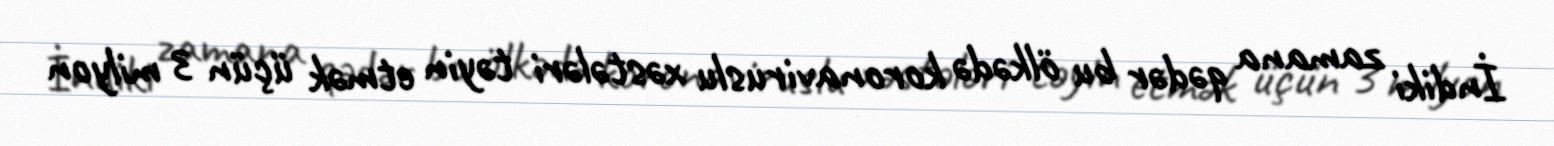
İndiki zamana qədər bu ölkədə koronaviruslu xəstələri təyin etmək üçün 3 milyon